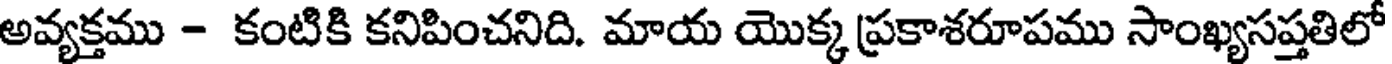
అవ్యక్తము - కంటికి కనిపించనిది. మాయ యొక్క ప్రకాశరూపము సాంఖ్యసప్తతిలో